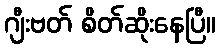
ဂျီးဗတ် စိတ်ဆိုးနေပြီ။